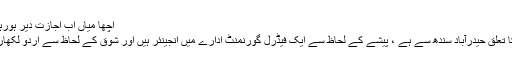
اچھا میاں اب اجازت دیر ہورہی ہے”
بلاگر کا تعلق حیدرآباد سندھ سے ہے ، پیشے کے لحاظ سے ایک فیڈرل گورنمنٹ ادارے میں انجینئر ہیں اور شوق کے لحاظ سے اردو لکھاری ہیں۔